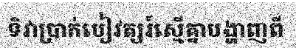
ទិវាប្រាក់បៀវត្សរ៍ស្មើគ្នាបង្ហាញពី